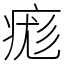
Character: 痝